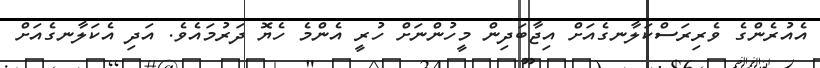
އެއުރެންގެ ވެރިރަސްކަލާނގެއަށް އިޖާބަދިން މީހުންނަށް ހުރީ އެންމެ ހެޔޮ ދަރުމައެވެ. އަދި އެކަލާނގެއަށް